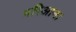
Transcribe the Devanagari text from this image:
मरिआना